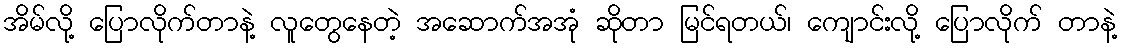
အိမ်လို့ ပြောလိုက်တာနဲ့ လူတွေနေတဲ့ အဆောက်အအုံ ဆိုတာ မြင်ရတယ်၊ ကျောင်းလို့ ပြောလိုက် တာနဲ့